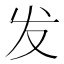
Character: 发